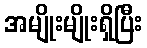
အမျိုးမျိုးရှိပြီး